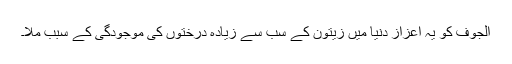
الجوف کو یہ اعزاز دنیا میں زیتون کے سب سے زیادہ درختوں کی موجودگی کے سبب ملا۔